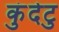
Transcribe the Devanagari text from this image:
कुंदेटु